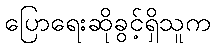
ပြောရေးဆိုခွင့်ရှိသူက